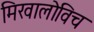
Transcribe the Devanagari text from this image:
मिखालोविच